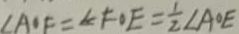
\angle A O F = \angle F O E = \frac { 1 } { 2 } \angle A O E